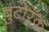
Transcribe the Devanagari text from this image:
बुटोरॅक